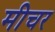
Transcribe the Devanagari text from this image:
मीचर